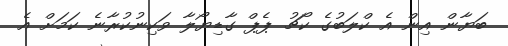
ބަޔާން އިން އެ ކްލަބުގެ ކޯޗު ޕެޕް ގާޑިޔޯލާ ވަކިނުކުރާނެ ކަމަށް އެ